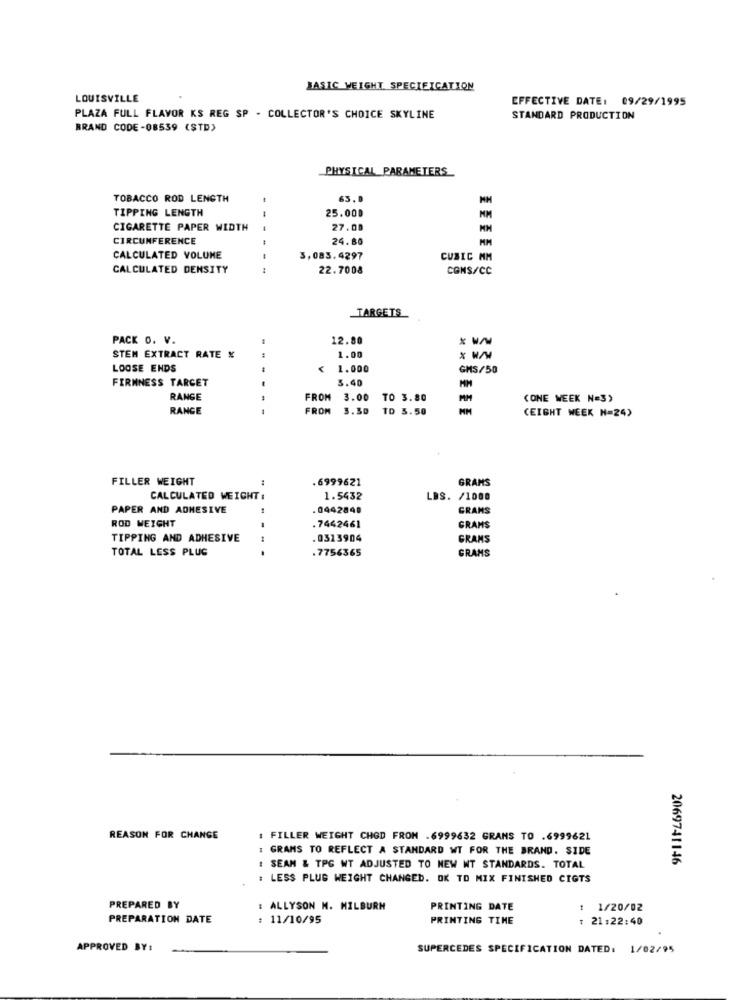
BASIC WEIGHT SPECIFICATION
LOUISVILLE
EFFECTIVE DATE: 09/29/1995
PLAZA FULL FLAVOR KS REG SP - COLLECTOR'S CHOICE SKYLINE
STANDARD PRODUCTION
BRAND CODE-08539 (STD)
PHYSICAL_PARAMETERS
TOBACCO ROD LENGTH
63.0
TIPPING LENGTH
25.000
MM
CIGARETTE PAPER WIDTH
27.00
CIRCUMFERENCE
--
24.80
MM
CALCULATED VOLUME
-
3,083.4297
CUBIC MM
CALCULATED DENSITY
22.7008
CONS/CC
TARGETS
PACK O. V.
12.80
STEM EXTRACT RATE X
1.00
LOOSE ENDS
1.000
GHS/50
FIRMNESS TARGET
5.40
MM
RANGE
FROM
3.00 TO 3.80
(ONE WEEK N=3)
RANGE
---
FROM
3.30 TD 3.50
(EIGHT WEEK N=24)
FILLER WEIGHT
.6999621
GRAMS
CALCULATED WEIGHT :
1.5432
LBS. /1000
PAPER AND ADHESIVE
0442848
GRAMS
ROD WEIGHT
.7442461
GRAMS
TIPPING AND ADHESIVE
.0313904
GRAMS
TOTAL LESS PLUG
.
.7756365
GRAMS
REASON FOR CHANGE
: FILLER WEIGHT CHOD FROM .6999632 GRANS TO .6999621
GRAMS TO REFLECT A STANDARD WT FOR THE BRAND. SIDE
2069741146
SEAM & TPG WT ADJUSTED TO NEW WT STANDARDS. TOTAL
: LESS PLUS WEIGHT CHANGED. OK TO MIX FINISHED CIGTS
PREPARED BY
: ALLYSON M. MILBURN
PRINTING DATE
: 1/20/02
PREPARATION DATE
: 11/10/95
PRINTING TIME
: 21:22:40
APPROVED BY:
SUPERCEDES SPECIFICATION DATED: 1/02/95